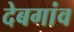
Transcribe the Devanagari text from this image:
देबगांव